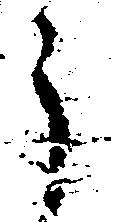
う